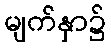
မျက်နှာ၌